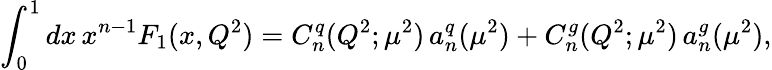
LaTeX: \int_{0}^{1}{d}x\, x^{n-1}F_{1}(x,Q^{2})=C_{n}^{q}(Q^{2};\mu^{2})\, a_{n}^{q}(\mu^{2})+C_{n}^{g}(Q^{2};\mu^{2})\, a_{n}^{g}(\mu^{2}),